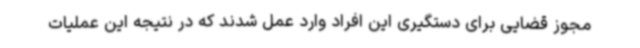
مجوز قضایی برای دستگیری این افراد وارد عمل شدند که در نتیجه این عملیات